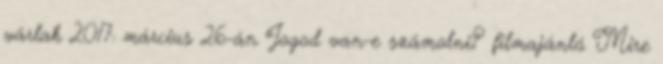
várlak 2017. március 26-án Jogod van-e számolni? filmajánló Mire